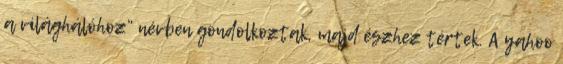
a világhálóhoz” névben gondolkoztak, majd észhez tértek. A yahoo